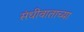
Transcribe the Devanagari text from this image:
संधीवाताच्या